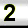
Digit: 2